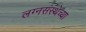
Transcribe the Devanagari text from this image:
लग्नसंस्थेच्या